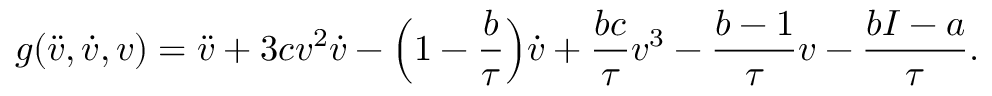
g ( \ddot { v } , \dot { v } , v ) = \ddot { v } + 3 c v ^ { 2 } \dot { v } - \Big ( 1 - \frac { b } { \tau } \Big ) \dot { v } + \frac { b c } { \tau } v ^ { 3 } - \frac { b - 1 } { \tau } v - \frac { b I - a } { \tau } .